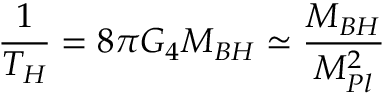
\frac { 1 } { T _ { H } } = 8 \pi G _ { 4 } M _ { B H } \simeq \frac { M _ { B H } } { M _ { P l } ^ { 2 } }